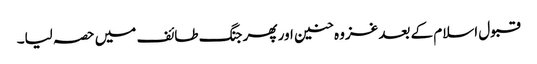
قبول اسلام کے بعد غزوہ حنین اور پھر جنگ طائف میں حصہ لیا۔